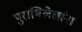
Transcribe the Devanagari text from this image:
पुराभिलेखांना